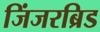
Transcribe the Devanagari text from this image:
जिंजरब्रिड